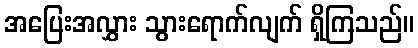
အပြေးအလွှား သွားရောက်လျက် ရှိကြသည်။